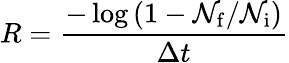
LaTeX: R=\frac{-\log\left(1-\mathcal{N}_{\mathrm{f}}/\mathcal{N}_{\mathrm{i}}\right)}{\Delta t}